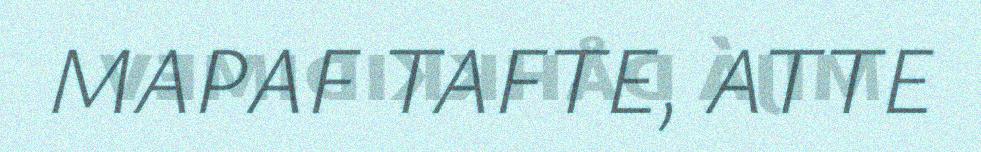
MAPAF TAFTE, ATTE